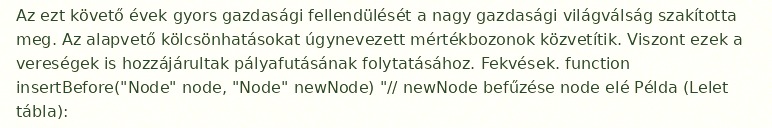
Az ezt követő évek gyors gazdasági fellendülését a nagy gazdasági világválság szakította meg. Az alapvető kölcsönhatásokat úgynevezett mértékbozonok közvetítik. Viszont ezek a vereségek is hozzájárultak pályafutásának folytatásához. Fekvések. function insertBefore("Node" node, "Node" newNode) "// newNode befűzése node elé Példa (Lelet tábla):